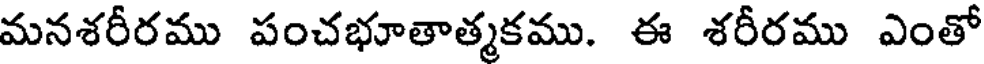
మనశరీరము పంచభూతాత్మకము. ఈ శరీరము ఎంతో